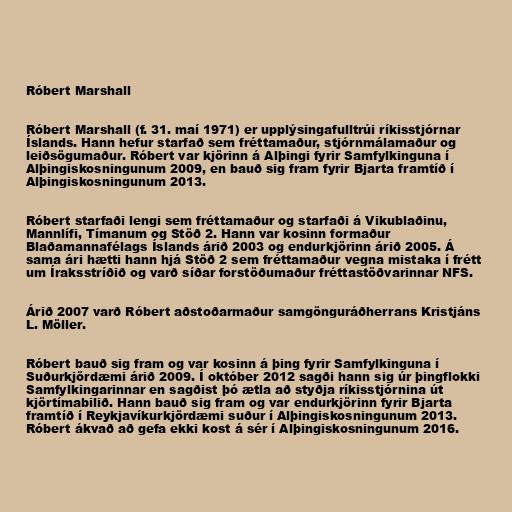
Róbert Marshall

Róbert Marshall (f. 31. maí 1971) er upplýsingafulltrúi ríkisstjórnar
Íslands. Hann hefur starfað sem fréttamaður, stjórnmálamaður og
leiðsögumaður. Róbert var kjörinn á Alþingi fyrir Samfylkinguna í
Alþingiskosningunum 2009, en bauð sig fram fyrir Bjarta framtíð í
Alþingiskosningunum 2013.

Róbert starfaði lengi sem fréttamaður og starfaði á Vikublaðinu,
Mannlífi, Tímanum og Stöð 2. Hann var kosinn formaður
Blaðamannafélags Íslands árið 2003 og endurkjörinn árið 2005. Á
sama ári hætti hann hjá Stöð 2 sem fréttamaður vegna mistaka í frétt
um Íraksstríðið og varð síðar forstöðumaður fréttastöðvarinnar NFS.

Árið 2007 varð Róbert aðstoðarmaður samgönguráðherrans Kristjáns
L. Möller.

Róbert bauð sig fram og var kosinn á þing fyrir Samfylkinguna í
Suðurkjördæmi árið 2009. Í október 2012 sagði hann sig úr þingflokki
Samfylkingarinnar en sagðist þó ætla að styðja ríkisstjórnina út
kjörtímabilið. Hann bauð sig fram og var endurkjörinn fyrir Bjarta
framtíð í Reykjavíkurkjördæmi suður í Alþingiskosningunum 2013.
Róbert ákvað að gefa ekki kost á sér í Alþingiskosningunum 2016.